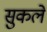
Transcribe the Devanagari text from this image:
सुकले